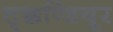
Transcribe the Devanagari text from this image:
तृक्कण्डियूर